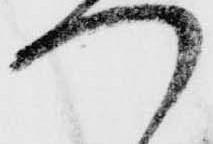
つ